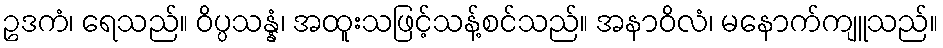
ဥဒကံ၊ ရေသည်။ ဝိပ္ပသန္နံ၊ အထူးသဖြင့်သန့်စင်သည်။ အနာဝိလံ၊ မနောက်ကျူသည်။